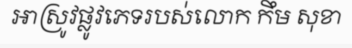
អាស្រូវផ្លូវភេទរបស់លោក កឹម សុខា